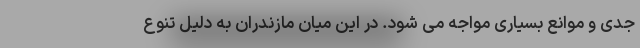
جدی و موانع بسیاری مواجه می شود. در این میان مازندران به دلیل تنوع